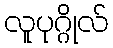
လူပုဂ္ဂိုလ်